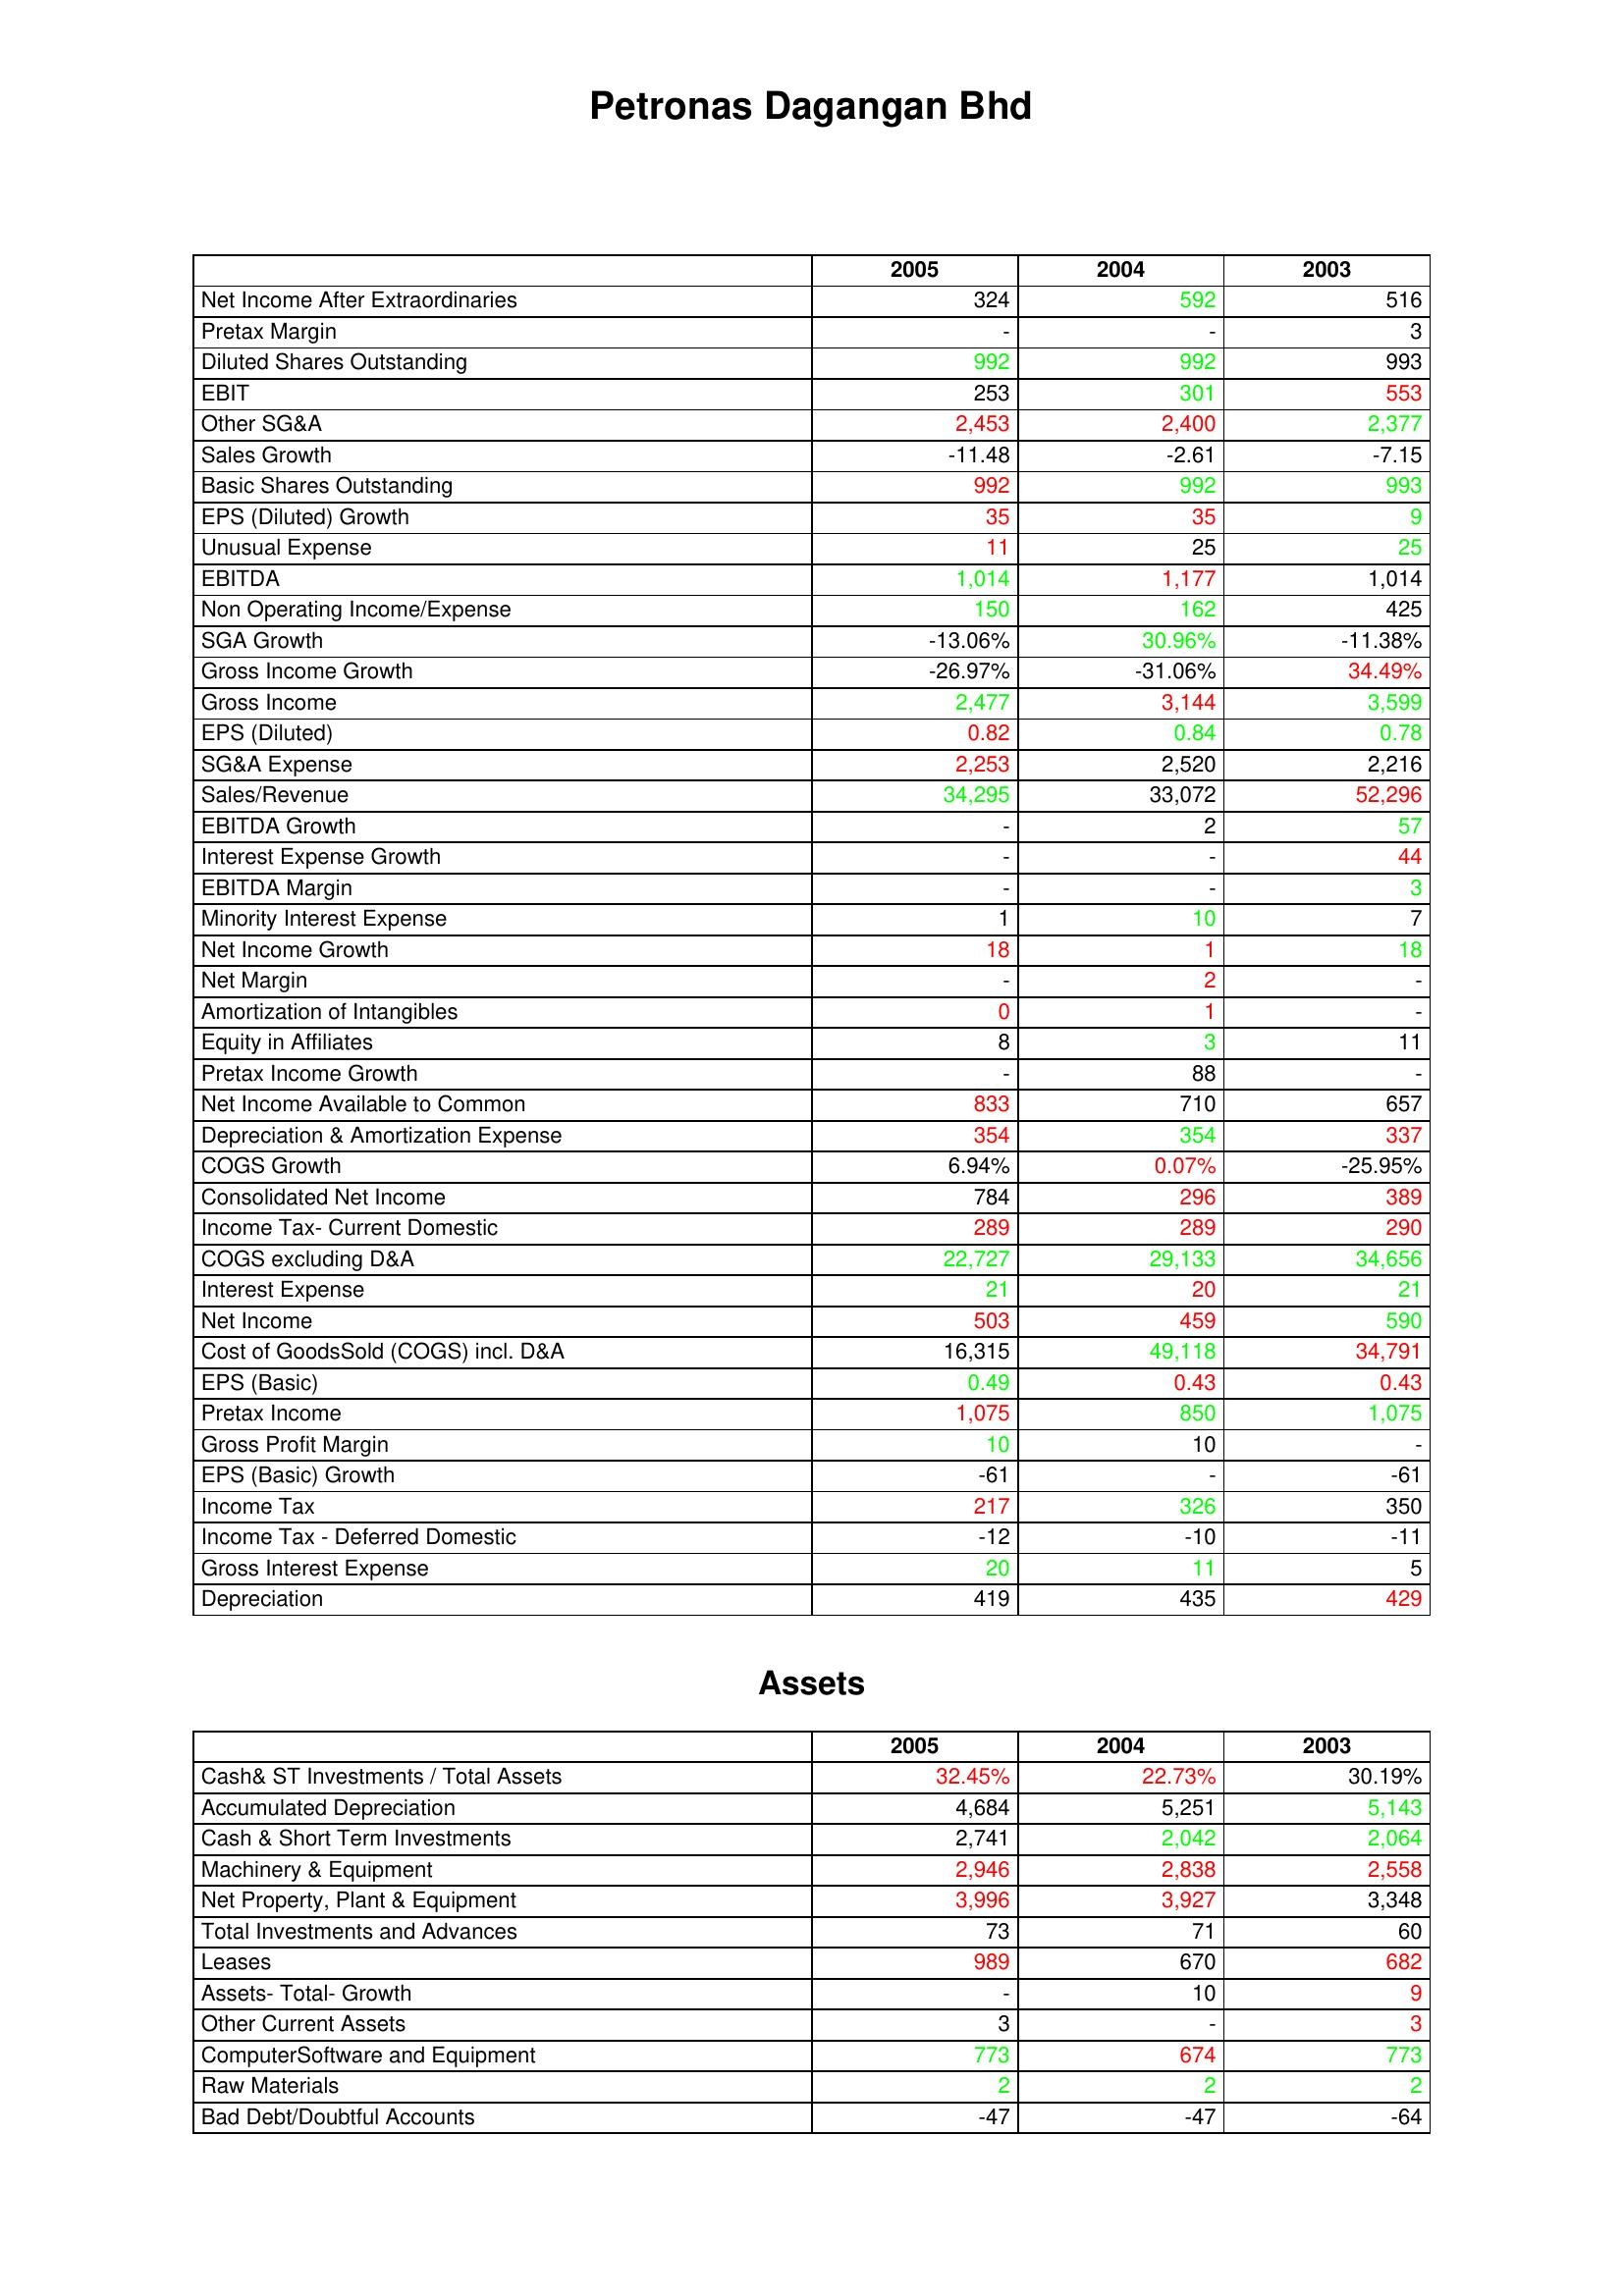
gt_parse: 2005: : Net Income After Extraordinaries: 324
Pretax Margin: -
Diluted Shares Outstanding: 992
EBIT: 253
Other SG&A: 2,453
Sales Growth: -11.48
Basic Shares Outstanding: 992
EPS (Diluted) Growth: 35
Unusual Expense: 11
EBITDA: 1,014
Non Operating Income/Expense: 150
SGA Growth: -13.06%
Gross Income Growth: -26.97%
Gross Income: 2,477
EPS (Diluted): 0.82
SG&A Expense: 2,253
Sales/Revenue: 34,295
EBITDA Growth: -
Interest Expense Growth: -
EBITDA Margin: -
Minority Interest Expense: 1
Net Income Growth: 18
Net Margin: -
Amortization of Intangibles: 0
Equity in Affiliates: 8
Pretax Income Growth: -
Net Income Available to Common: 833
Depreciation & Amortization Expense: 354
COGS Growth: 6.94%
Consolidated Net Income: 784
Income Tax- Current Domestic: 289
COGS excluding D&A: 22,727
Interest Expense: 21
Net Income: 503
Cost of GoodsSold (COGS) incl. D&A: 16,315
EPS (Basic): 0.49
Pretax Income: 1,075
Gross Profit Margin: 10
EPS (Basic) Growth: -61
Income Tax: 217
Income Tax - Deferred Domestic: -12
Gross Interest Expense: 20
Depreciation: 419
Assets: Cash& ST Investments / Total Assets: 32.45%
Accumulated Depreciation: 4,684
Cash & Short Term Investments: 2,741
Machinery & Equipment: 2,946
Net Property, Plant & Equipment: 3,996
Total Investments and Advances: 73
Leases: 989
Assets- Total- Growth: -
Other Current Assets: 3
ComputerSoftware and Equipment: 773
Raw Materials: 2
Bad Debt/Doubtful Accounts: -47
2004: : Net Income After Extraordinaries: 592
Pretax Margin: -
Diluted Shares Outstanding: 992
EBIT: 301
Other SG&A: 2,400
Sales Growth: -2.61
Basic Shares Outstanding: 992
EPS (Diluted) Growth: 35
Unusual Expense: 25
EBITDA: 1,177
Non Operating Income/Expense: 162
SGA Growth: 30.96%
Gross Income Growth: -31.06%
Gross Income: 3,144
EPS (Diluted): 0.84
SG&A Expense: 2,520
Sales/Revenue: 33,072
EBITDA Growth: 2
Interest Expense Growth: -
EBITDA Margin: -
Minority Interest Expense: 10
Net Income Growth: 1
Net Margin: 2
Amortization of Intangibles: 1
Equity in Affiliates: 3
Pretax Income Growth: 88
Net Income Available to Common: 710
Depreciation & Amortization Expense: 354
COGS Growth: 0.07%
Consolidated Net Income: 296
Income Tax- Current Domestic: 289
COGS excluding D&A: 29,133
Interest Expense: 20
Net Income: 459
Cost of GoodsSold (COGS) incl. D&A: 49,118
EPS (Basic): 0.43
Pretax Income: 850
Gross Profit Margin: 10
EPS (Basic) Growth: -
Income Tax: 326
Income Tax - Deferred Domestic: -10
Gross Interest Expense: 11
Depreciation: 435
Assets: Cash& ST Investments / Total Assets: 22.73%
Accumulated Depreciation: 5,251
Cash & Short Term Investments: 2,042
Machinery & Equipment: 2,838
Net Property, Plant & Equipment: 3,927
Total Investments and Advances: 71
Leases: 670
Assets- Total- Growth: 10
Other Current Assets: -
ComputerSoftware and Equipment: 674
Raw Materials: 2
Bad Debt/Doubtful Accounts: -47
2003: : Net Income After Extraordinaries: 516
Pretax Margin: 3
Diluted Shares Outstanding: 993
EBIT: 553
Other SG&A: 2,377
Sales Growth: -7.15
Basic Shares Outstanding: 993
EPS (Diluted) Growth: 9
Unusual Expense: 25
EBITDA: 1,014
Non Operating Income/Expense: 425
SGA Growth: -11.38%
Gross Income Growth: 34.49%
Gross Income: 3,599
EPS (Diluted): 0.78
SG&A Expense: 2,216
Sales/Revenue: 52,296
EBITDA Growth: 57
Interest Expense Growth: 44
EBITDA Margin: 3
Minority Interest Expense: 7
Net Income Growth: 18
Net Margin: -
Amortization of Intangibles: -
Equity in Affiliates: 11
Pretax Income Growth: -
Net Income Available to Common: 657
Depreciation & Amortization Expense: 337
COGS Growth: -25.95%
Consolidated Net Income: 389
Income Tax- Current Domestic: 290
COGS excluding D&A: 34,656
Interest Expense: 21
Net Income: 590
Cost of GoodsSold (COGS) incl. D&A: 34,791
EPS (Basic): 0.43
Pretax Income: 1,075
Gross Profit Margin: -
EPS (Basic) Growth: -61
Income Tax: 350
Income Tax - Deferred Domestic: -11
Gross Interest Expense: 5
Depreciation: 429
Assets: Cash& ST Investments / Total Assets: 30.19%
Accumulated Depreciation: 5,143
Cash & Short Term Investments: 2,064
Machinery & Equipment: 2,558
Net Property, Plant & Equipment: 3,348
Total Investments and Advances: 60
Leases: 682
Assets- Total- Growth: 9
Other Current Assets: 3
ComputerSoftware and Equipment: 773
Raw Materials: 2
Bad Debt/Doubtful Accounts: -64